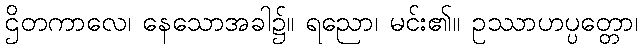
ဌိတကာလေ၊ နေသောအခါ၌။ ရညော၊ မင်း၏။ ဥဿာဟပ္ပတ္တော၊